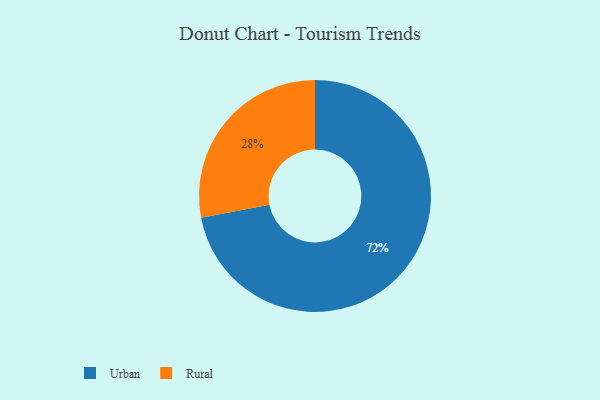
{"axis": {"x": "Category", "y": "Percentage"}, "legend": ["Rural", "Urban"], "data": [{"x": "Rural", "y": 28, "type": "Rural"}, {"x": "Urban", "y": 72, "type": "Urban"}]}